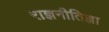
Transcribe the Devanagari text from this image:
राज्ञनीतिज्ञा